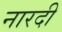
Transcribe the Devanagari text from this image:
नारदी